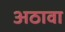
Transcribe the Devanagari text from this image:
अठावा